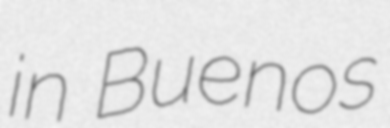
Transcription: in Buenos